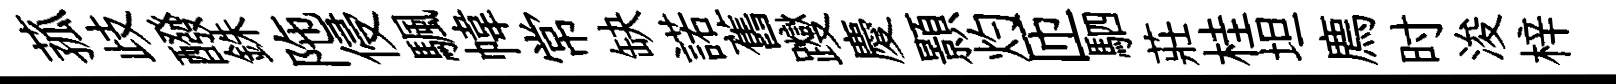
菰歧醱銖陁侵颿幃常缺諾舊躞慶顥灼匝駟莊桂坦廌时浚梓